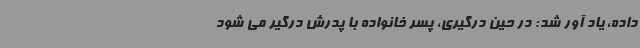
داده، یاد آور شد: در حین درگیری، پسر خانواده با پدرش درگیر می شود